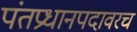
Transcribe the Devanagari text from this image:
पंतप्रधानपदावरच